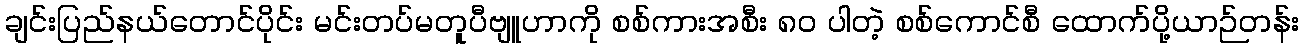
ချင်းပြည်နယ်တောင်ပိုင်း မင်းတပ်မတူပီဗျူဟာကို စစ်ကားအစီး ၈၀ ပါတဲ့ စစ်ကောင်စီ ထောက်ပို့ယာဉ်တန်း